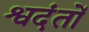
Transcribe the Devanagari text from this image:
श्वदंतों